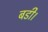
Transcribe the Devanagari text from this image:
बडी।